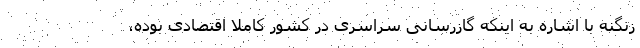
زنگنه با اشاره به اینکه گازرسانی سراسری در کشور کاملا اقتصادی بوده،‌